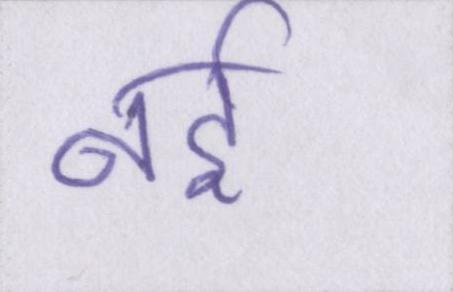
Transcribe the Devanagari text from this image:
नर्इ